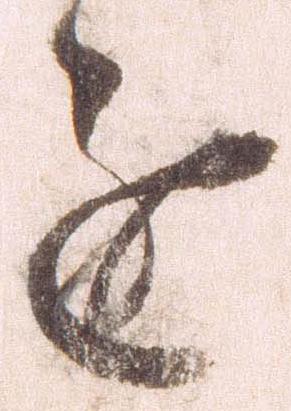
進